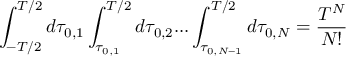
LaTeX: \int _ { - T / 2 } ^ { T / 2 } d \tau _ { 0 , 1 } \int _ { \tau _ { 0 , 1 } } ^ { T / 2 } d \tau _ { 0 , 2 } . . . \int _ { \tau _ { 0 , N - 1 } } ^ { T / 2 } d \tau _ { 0 , N } = \frac { T ^ { N } } { N ! }